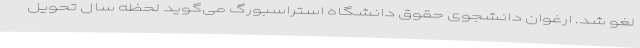
لغو شد. ارغوان دانشجوی حقوق دانشگاه استراسبورگ می‌گوید لحظه سال تحویل